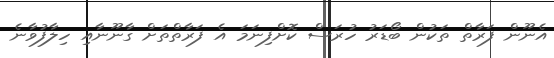
އެނޫން ފަރާތް ތަކުން ބޯޑަރު ހުރަސް ކޮށްފިނަމަ އެ ފަރާތްތަށް ގާނޫނާއި ހިލާފުވާނެ